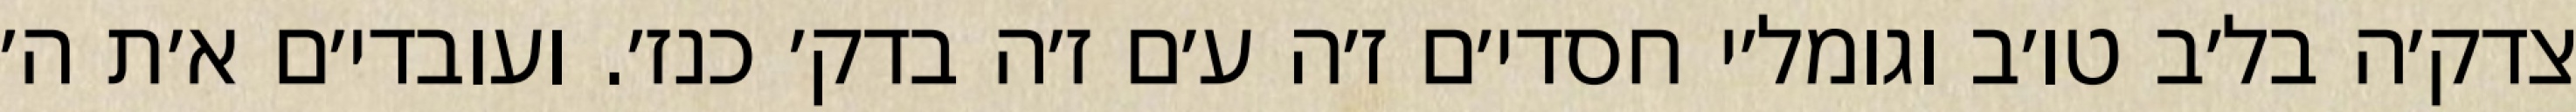
צדק׳ה בל׳ב טו׳ב וגומל׳י חסדי׳ם ז׳ה ע׳ם ז׳ה בדק׳ כנז׳. ועובדי׳ם א׳ת ה׳